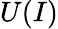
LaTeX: U(I)